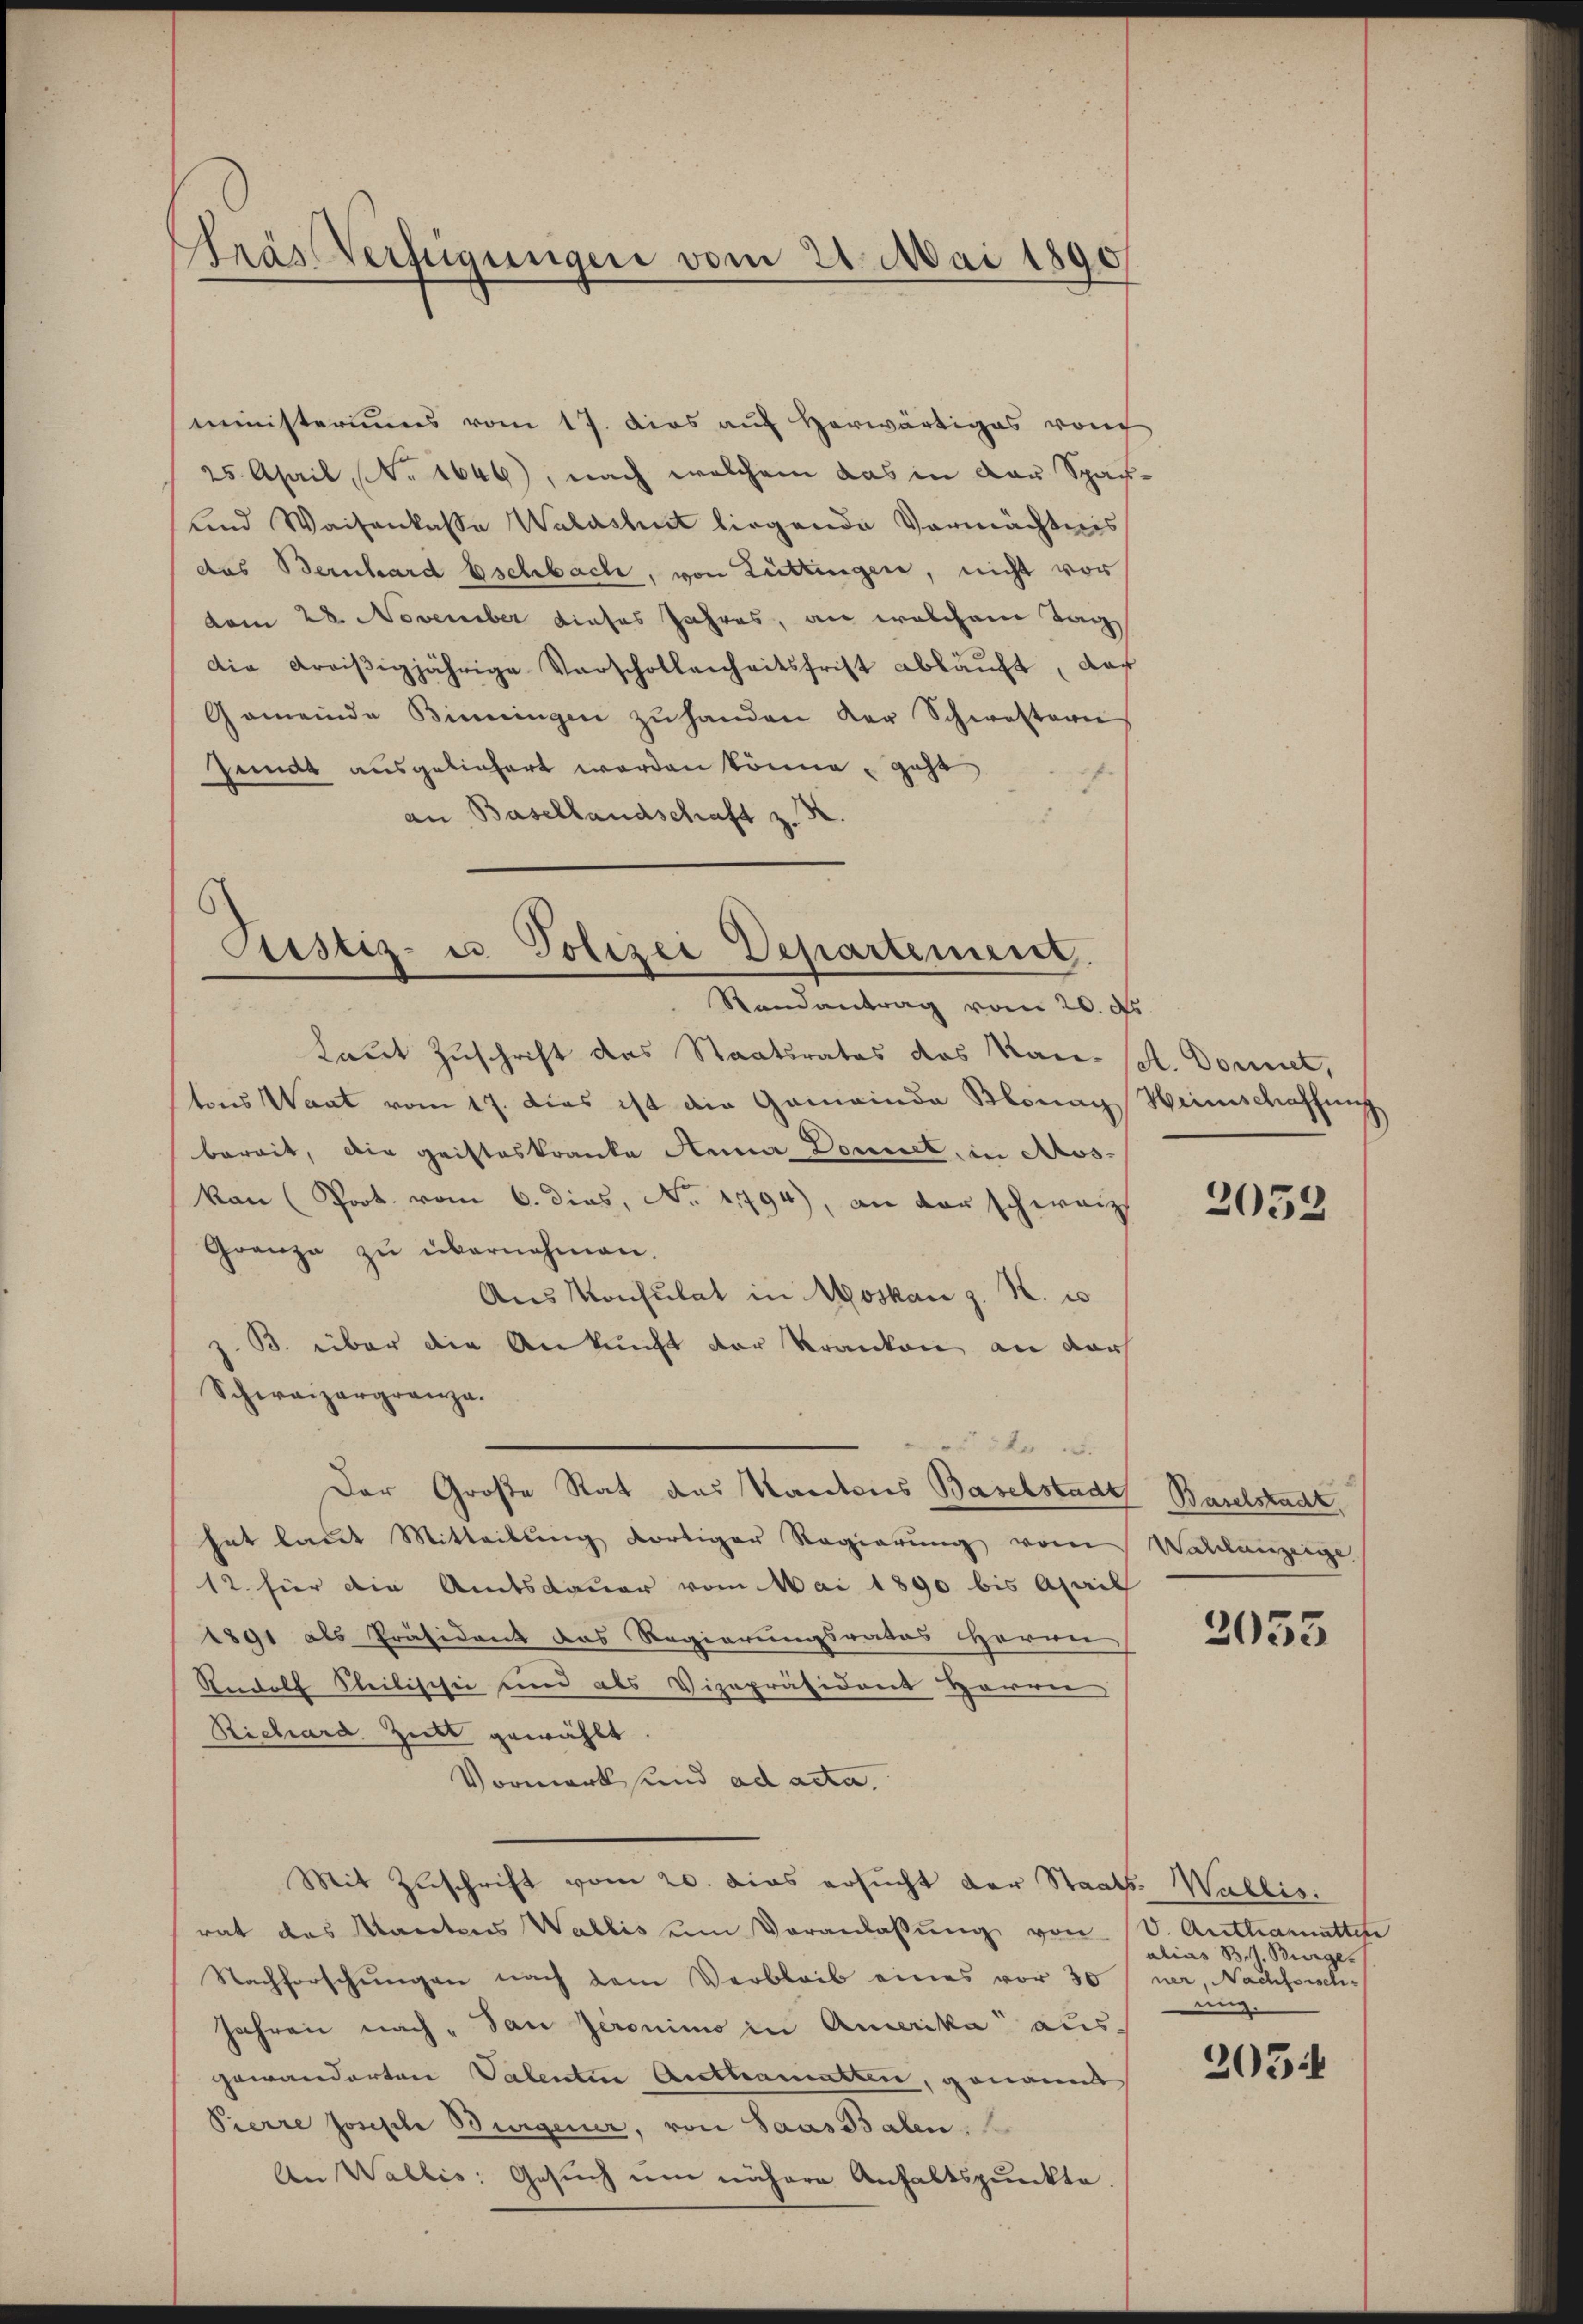
Pras Verfügungen vom 21. Mai 1890

ministeriums vom 17. dies auf Herwärtiges von
25. April, No 1646), nach welchem das in der Spach¬
und Waisenkasse Waldshut liegende Vermächtnis
das Bernhard Eschbach, von Lüttingen, nicht vor
vom 28. November dieses Jahres, an welchem Tag
Die Kraiβigjährige Verschollenheitsfrist abläŭft, das
Gemeinde Binningen zŭ handen der Schwestern
Jundt ausgeliefert worden könne, geht
an Basellandschaft z. K.

Justiz- u. Polizei Departement.
Randantrag vom 20. ds.

Laut Zuschrift das Staatsrates das Race. (S. Donnet,
tons Wart vom 17. Dies ist die Gemeinde Blonach
bereit, die Gristeskranke Anna Donnet, in Auskan (Prot. vom 6. dies, No. 2794), an der schweiz
Granze zŭ übernahmen.
Aus Konsulat in Moskau z. K. u
B. über die Ankunft der Kranken an der
Schweizergranza.
Der Große Rat das Kantons Baselstadt
hat laut Mitteilung dortiger Regierŭng vom
12 für die Amtsdauer vom Mai 1890 bis April
1891 als Präsident das Regierungsrates Herrn
Rudolf Steilischie und als Vizepräsident Herren
Richard Zitt gewählt.
Vormerk und ad acta.
Mit Zuschrift vom 20. dies ersucht der Staats-Wallis.
rat das Mantens Wallis ŭm Veranlassŭng von
Nachforschŭngen nach dem Verbleib eines vor 30 ner, Nachforsch¬
Jahren nach „dan Jeronimo in Amerika ausgewanderten Valenten Anthematten, genannt
Pierre Joseph Burgener, von Saas Balen,
An Wallis: Gesuch um nähere Anhaltspunkte.

5kr

Heimschaffung

2052

Baselstadt.
Waldauzeige

2053

v. Authamnatten
alias B.h. Burge
mi.

305: